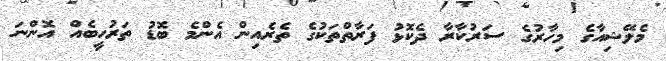
މެލޭޝިއާގެ މިހާރުގެ ސަރުކާރާ ދެކޮޅު ފަރާތްތަކުގެ ތެރެއިން އެންމެ ބޮޑު ތަރުހީބެއް އޮންނަ